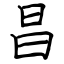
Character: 昌